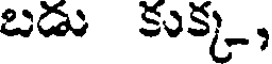
బడు కుక్క,